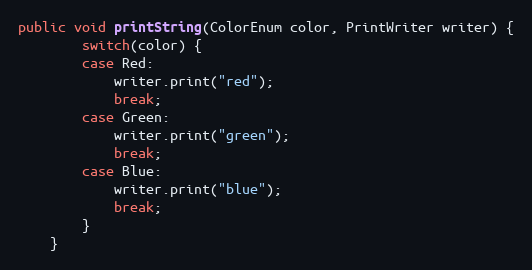
Language: Java
public void printString(ColorEnum color, PrintWriter writer) {
        switch(color) {
        case Red:
            writer.print("red");
            break;
        case Green:
            writer.print("green");
            break;
        case Blue:
            writer.print("blue");
            break;
        }
    }